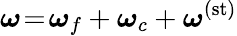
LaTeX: \boldsymbol{\omega}\! =\! \boldsymbol{\omega}_{f}+\boldsymbol{\omega}_{c}+\boldsymbol{\omega}^{(\mathrm{st})}